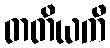
တတိယကီ